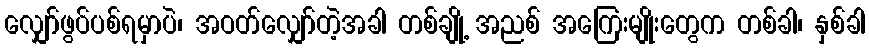
လျှော်ဖွပ်ပစ်ရမှာပဲ၊ အဝတ်လျှော်တဲ့အခါ တစ်ချို့ အညစ် အကြေးမျိုးတွေက တစ်ခါ၊ နှစ်ခါ